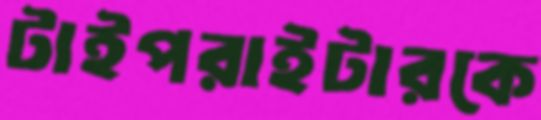
টাইপরাইটারকে